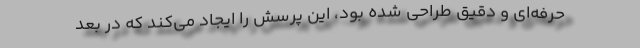
حرفه‌ای و دقیق طراحی شده ‌بود، این پرسش را ایجاد می‌کند که در بعد